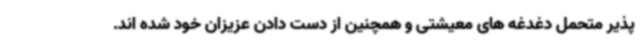
پذیر متحمل دغدغه های معیشتی و همچنین از دست دادن عزیزان خود شده اند.